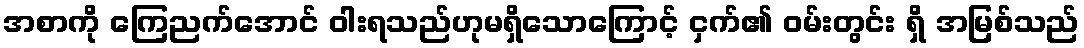
အစာကို ကြေညက်အောင် ဝါးရသည်ဟုမရှိသောကြောင့် ငှက်၏ ဝမ်းတွင်း ရှိ အမြစ်သည်